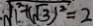
\therefore \sqrt { 1 ^ { 2 } + ( \sqrt { 3 } ) ^ { 2 } } = 2